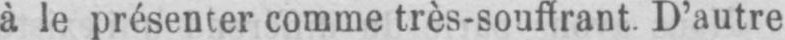
à le présenter comme très-souffrant. D’autre